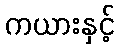
ကယားနှင့်